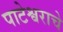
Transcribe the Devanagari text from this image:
पाटेश्वराचे